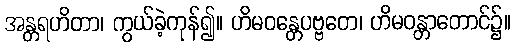
အန္တရဟိတာ၊ ကွယ်ခဲ့ကုန်၍။ ဟိမဝန္တေပဗ္ဗတေ၊ ဟိမဝန္တာတောင်၌။